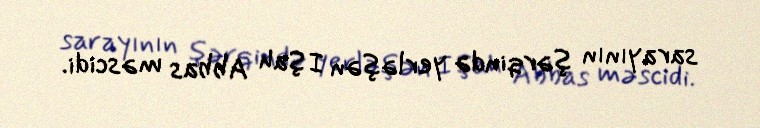
sarayının şərqində yerləşən I Şah Abbas məscidi.